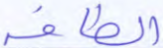
الطاقة